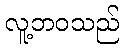
လူ့ဘဝသည်